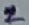
Text: 2